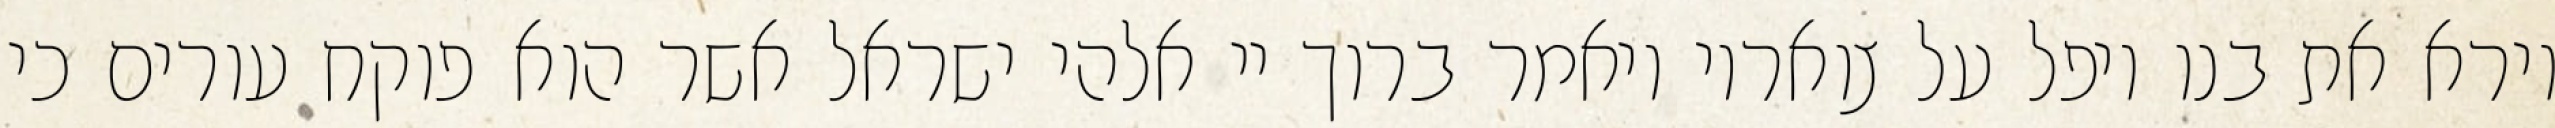
וירא את בנו ויפל על צואריו ויאמר ברוך יי אלהי ישראל אשר הוא פוקח עורים כי